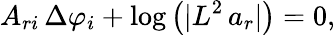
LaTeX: A_{ri}\, \Delta\varphi_{i}+\log\left(\vert L^{2}\, a_{r}\vert\right)=0,